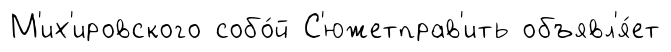
М'их'ировского собо́й С'южетправ'ить объявл'я́ет